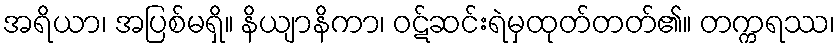
အရိယာ၊ အပြစ်မရှိ။ နိယျာနိကာ၊ ဝဋ်ဆင်းရဲမှထုတ်တတ်၏။ တက္ကရဿ၊